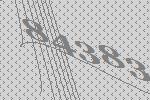
84383